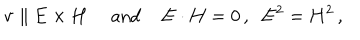
\mathbf { v } \parallel \mathbf { E } \times \mathbf { H } \, \; \mathrm { a n d } \; \mathbf { E } \cdot \mathbf { H } = 0 \, , \; \; \mathbf { E } ^ { 2 } = \mathbf { H } ^ { 2 } \, ,